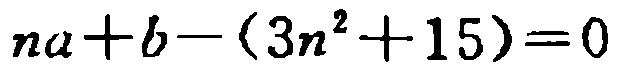
\(na + b - (3n^{2}+15)=0\)